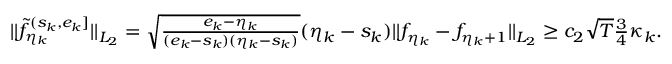
\begin{array} { r } { \vert \vert \widetilde f _ { \eta _ { k } } ^ { ( s _ { k } , e _ { k } ] } \vert \vert _ { L _ { 2 } } = \sqrt { \frac { e _ { k } - \eta _ { k } } { ( e _ { k } - s _ { k } ) ( \eta _ { k } - s _ { k } ) } } ( \eta _ { k } - s _ { k } ) \vert \vert f _ { \eta _ { k } } - f _ { \eta _ { k } + 1 } \vert \vert _ { L _ { 2 } } \ge c _ { 2 } \sqrt { T } \frac { 3 } { 4 } \kappa _ { k } . } \end{array}